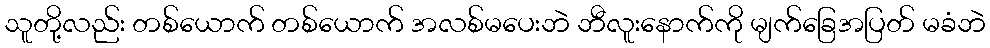
သူတို့လည်း တစ်ယောက် တစ်ယောက် အလစ်မပေးဘဲ ဘီလူးနောက်ကို မျက်ခြေအပြတ် မခံဘဲ